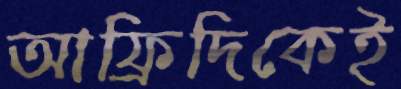
আফ্রিদিকেই